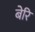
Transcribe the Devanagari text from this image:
बेरि